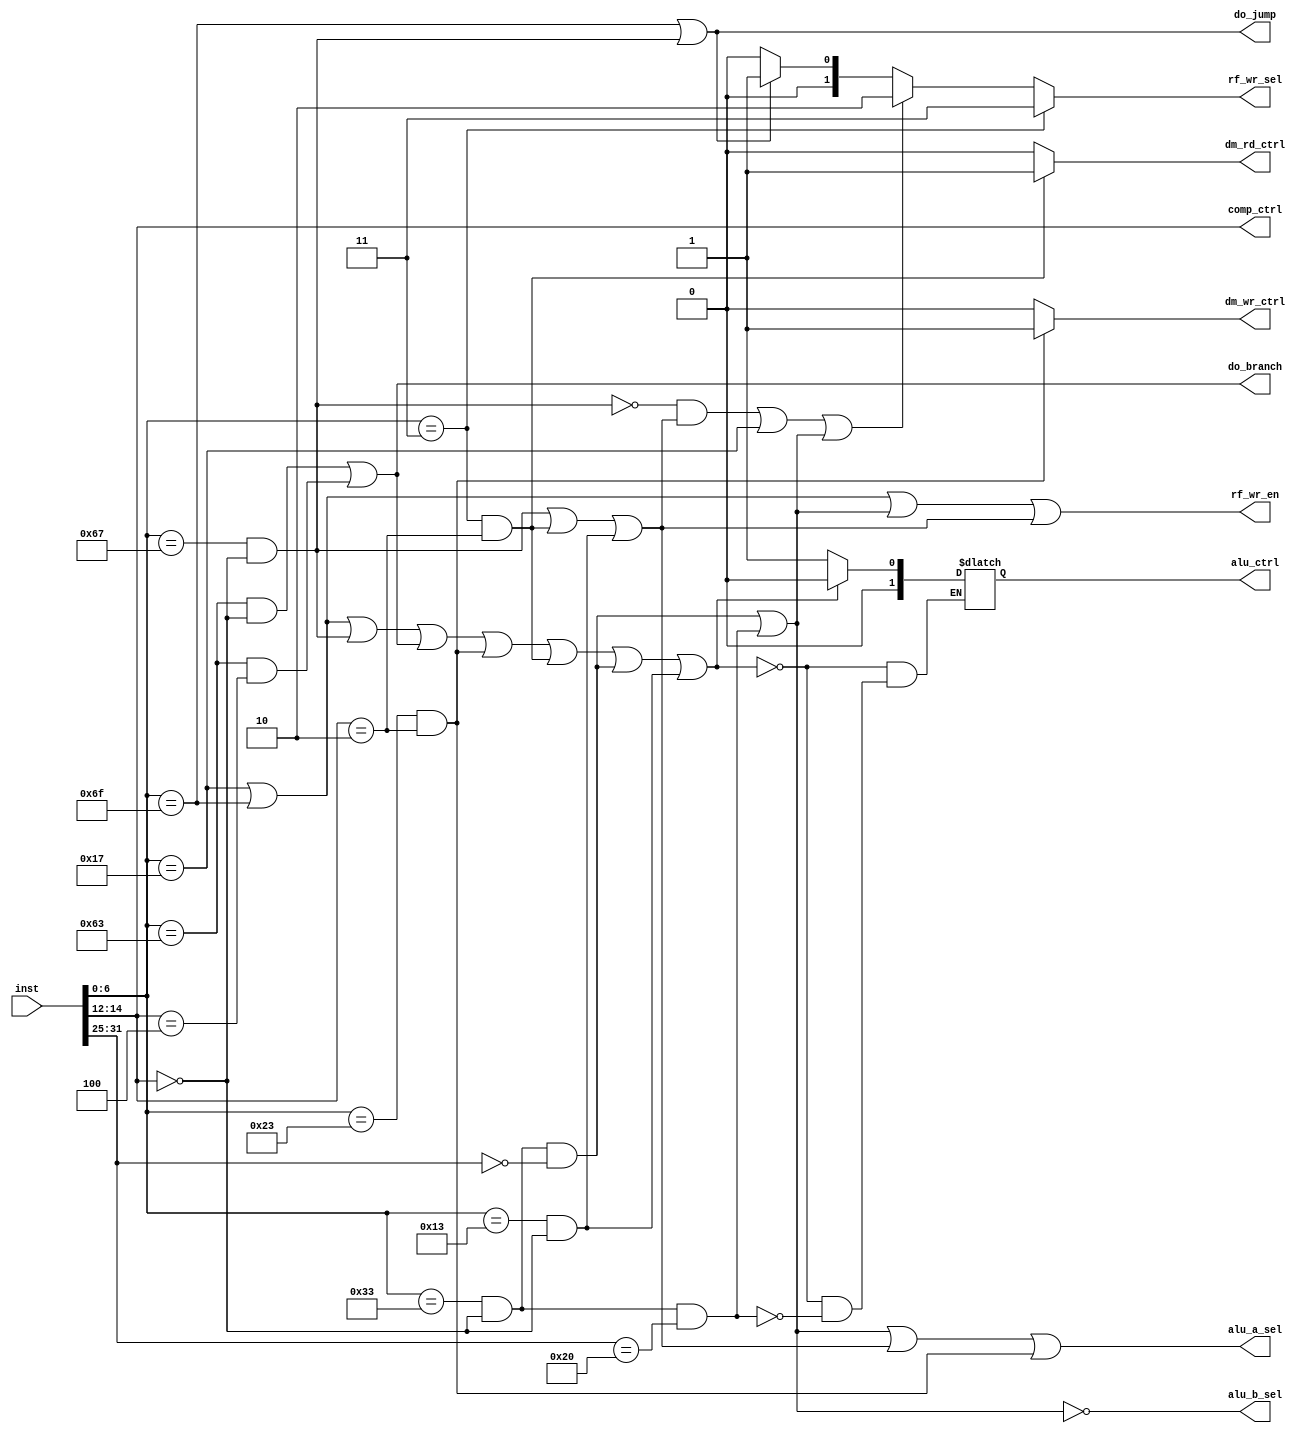
module controller(
    input [31:0] inst,
    output rf_wr_en, alu_a_sel, alu_b_sel,
    output reg [1:0] alu_ctrl,
    output reg dm_rd_ctrl,
    output reg dm_wr_ctrl,
    output reg [1:0] rf_wr_sel,
    output [2:0] comp_ctrl,
    output do_branch, do_jump
);

wire [6:0] opcode;
wire [2:0] funct3;
wire [6:0] funct7;

wire is_add;
wire is_addi;
wire is_sub;
wire is_auipc;
wire is_lw;
wire is_sw;
wire is_beq;
wire is_blt;
wire is_jal;
wire is_jalr;

wire is_add_type;
wire is_u_type;
wire is_jump_type;
wire is_b_type;
wire is_r_type;
wire is_i_type;
wire is_s_type;

assign opcode = inst[6:0];
assign funct3 = inst[14:12];
assign funct7 = inst[31:25];

assign is_add = (opcode == 7'h33) && (funct3 == 3'h0) && (funct7 == 7'h0);
assign is_addi = (opcode == 7'h13) && (funct3 == 3'h0);
assign is_sub = (opcode == 7'h33) && (funct3 == 3'h0) && (funct7 == 7'h20);
assign is_auipc = (opcode == 7'h17);
assign is_lw = (opcode == 7'h03) && (funct3 == 3'h2);
assign is_sw = (opcode == 7'h23) && (funct3 == 3'h2);
assign is_beq = (opcode == 7'h63) && (funct3 == 3'h0);
assign is_blt = (opcode == 7'h63) && (funct3 == 3'h4);
assign is_jal = (opcode == 7'h6f);
assign is_jalr = (opcode == 7'h67) && (funct3 == 3'h0);

assign is_add_type = is_auipc | is_jal | is_jalr | is_b_type | is_s_type | is_lw | is_add | is_addi;
assign is_u_type = is_auipc;
assign is_jump_type = is_jal;
assign is_b_type = is_beq | is_blt;
assign is_r_type = is_add | is_sub;
assign is_i_type = is_jalr | is_lw | is_addi;
assign is_s_type = is_sw;

always@(*) begin
    if(is_add_type) alu_ctrl = 2'h0;
    else if(is_sub) alu_ctrl = 2'h1;
end

assign rf_wr_en = is_u_type | is_jump_type | is_r_type | is_i_type;
assign alu_a_sel = is_r_type | is_i_type | is_s_type;
assign alu_b_sel = ~ is_r_type;

always@(*) begin
    if(is_lw) dm_rd_ctrl = 1'b1;
    else dm_rd_ctrl = 1'b0;
end

always@(*) begin
    if(is_sw) dm_wr_ctrl = 1'b1;
    else dm_wr_ctrl = 1'b0;
end

always@(*) begin
    if(opcode == 7'h3) rf_wr_sel = 2'h3;
    else if(((~ is_jalr) & is_i_type) | is_u_type | is_r_type) rf_wr_sel = 2'h2;
    else if(is_jal | is_jalr) rf_wr_sel = 2'h1;
    else rf_wr_sel = 2'h0;
end

assign comp_ctrl = funct3;
assign do_branch = is_b_type;
assign do_jump = is_jal | is_jalr;

endmodule